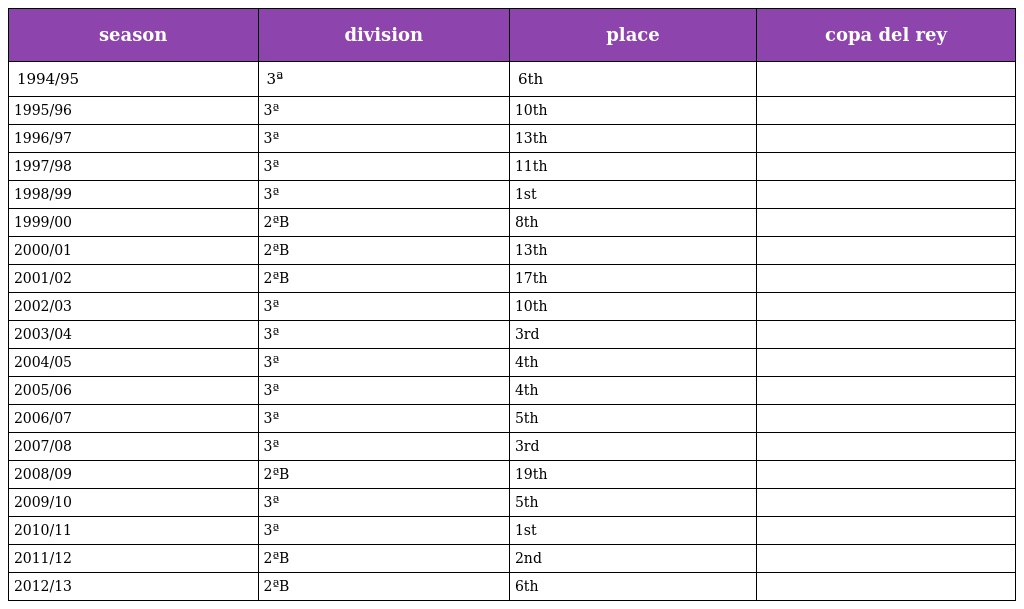
| season | division | place | copa del rey |
 | --- | --- | --- | --- |
 | 1994/95 | 3ª | 6th |  |
 | 1995/96 | 3ª | 10th |  |
 | 1996/97 | 3ª | 13th |  |
 | 1997/98 | 3ª | 11th |  |
 | 1998/99 | 3ª | 1st |  |
 | 1999/00 | 2ªB | 8th |  |
 | 2000/01 | 2ªB | 13th |  |
 | 2001/02 | 2ªB | 17th |  |
 | 2002/03 | 3ª | 10th |  |
 | 2003/04 | 3ª | 3rd |  |
 | 2004/05 | 3ª | 4th |  |
 | 2005/06 | 3ª | 4th |  |
 | 2006/07 | 3ª | 5th |  |
 | 2007/08 | 3ª | 3rd |  |
 | 2008/09 | 2ªB | 19th |  |
 | 2009/10 | 3ª | 5th |  |
 | 2010/11 | 3ª | 1st |  |
 | 2011/12 | 2ªB | 2nd |  |
 | 2012/13 | 2ªB | 6th |  |